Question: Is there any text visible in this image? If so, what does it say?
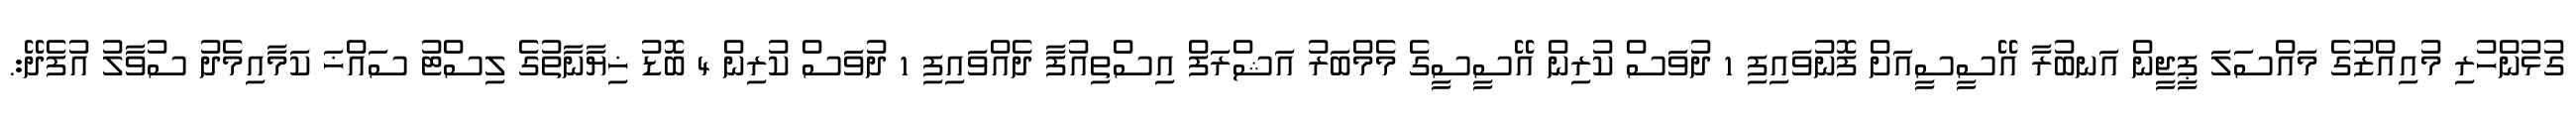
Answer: ގުޅުންހުރި މުއިއްޒުގެ މައްސަލަ ޕީޖީން އަނބުރާ އޭސީސީއަށް ފޮނުވައިފި 1 ދުވަސް ކުރިން އޭސީސީގެ މެމްބަރު އަޝްރަފް އިސްތިއުފާ ދެއްވައިފި 1 ދުވަސް ކުރިން 4 ބޮޑު ޚިޔާނާތުގެ ލިސްޓު ސައްޚަ ކަމާއިމެދު ސުވާލު އުފެދޭ:.